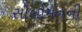
સોલોમનની